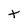
Character: t